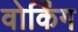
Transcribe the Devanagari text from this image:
वोर्किंग